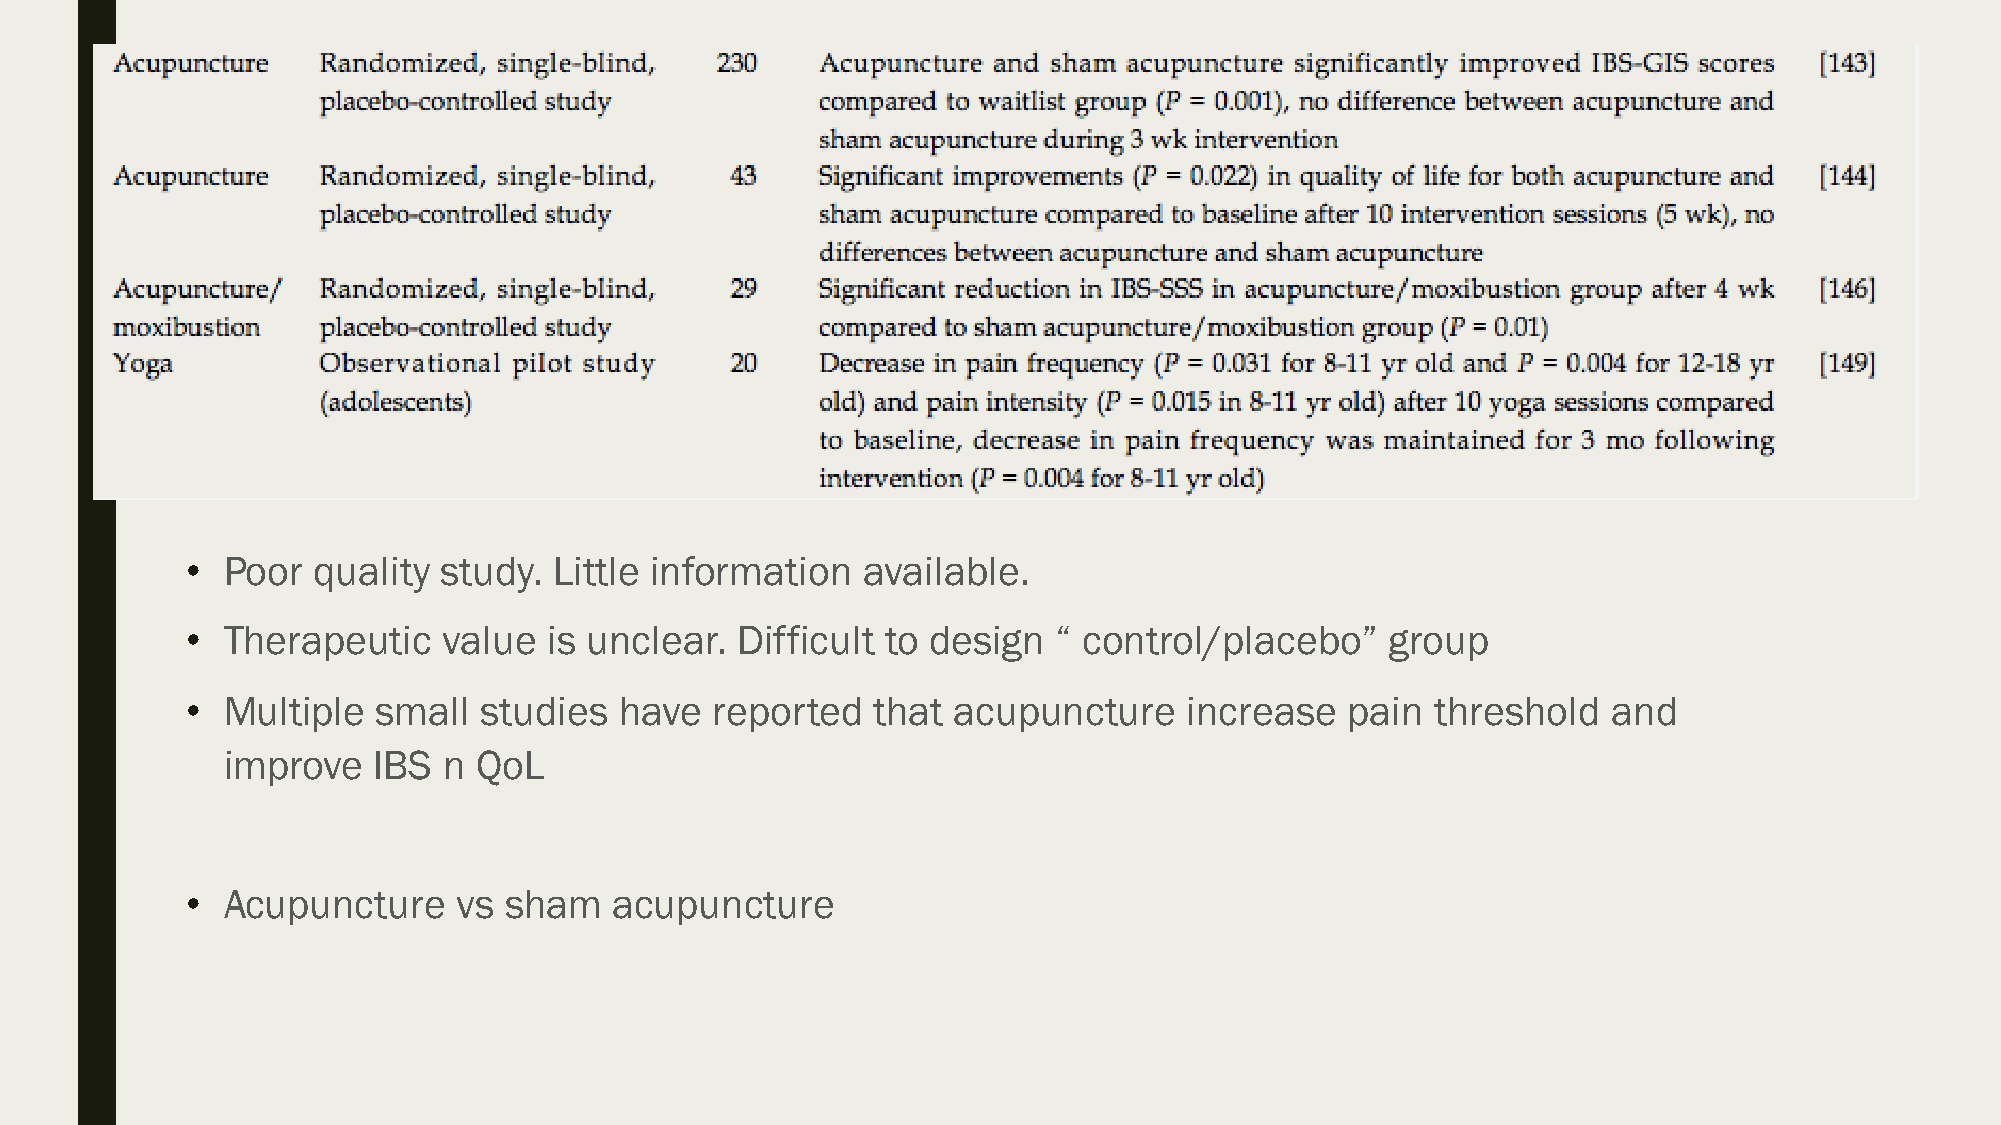
•  Poor  quality study.  Little information  available.
 •  Therapeutic   value  is unclear.  Difficult to design  “ control/placebo”    group
 •  Multiple  small  studies  have  reported   that acupuncture     increase  pain  threshold   and
 improve   IBS n QoL
 •  Acupuncture    vs sham    acupuncture